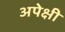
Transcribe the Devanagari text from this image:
अपेक्षी